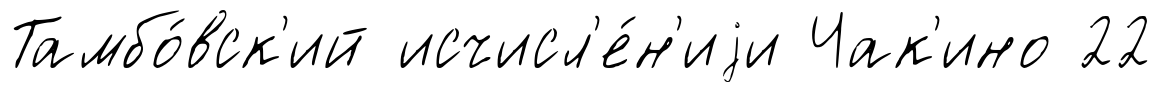
Тамбо́вск'ий исчисл'е́н'иjи Чак'ино 22